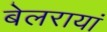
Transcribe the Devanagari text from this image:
बेलरायां